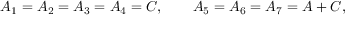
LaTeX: { A _ { 1 } = A _ { 2 } = A _ { 3 } = A _ { 4 } = C , \qquad A _ { 5 } = A _ { 6 } = A _ { 7 } = A + C , }